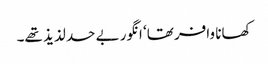
کھانا وافر تھا‘ انگور بے حد لذیذ تھے۔